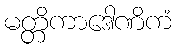
မတ္တိကာဒေါဏိကံ